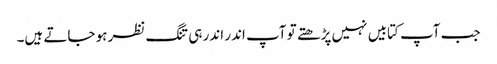
جب آپ کتابیں نہیں پڑھتے تو آپ اندر اندر ہی تنگ نظر ہو جاتے ہیں۔